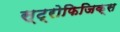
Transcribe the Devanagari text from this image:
स्ट्रोफिजिक्स